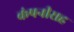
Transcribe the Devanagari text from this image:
कंपनीसह